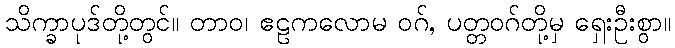
သိက္ခာပုဒ်တို့တွင်။ တာဝ၊ ဧဠကလောမ ဝဂ်, ပတ္တဝဂ်တို့မှ ရှေးဦးစွာ။